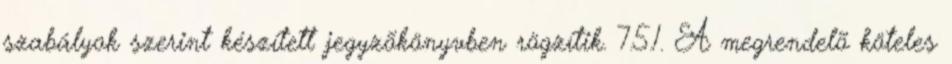
szabályok szerint készített jegyzõkönyvben rögzítik. 7.5.1. A megrendelõ köteles